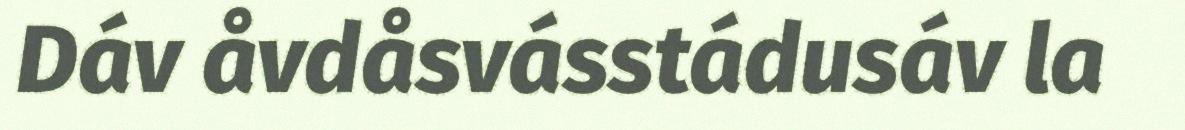
Dáv åvdåsvásstádusáv la